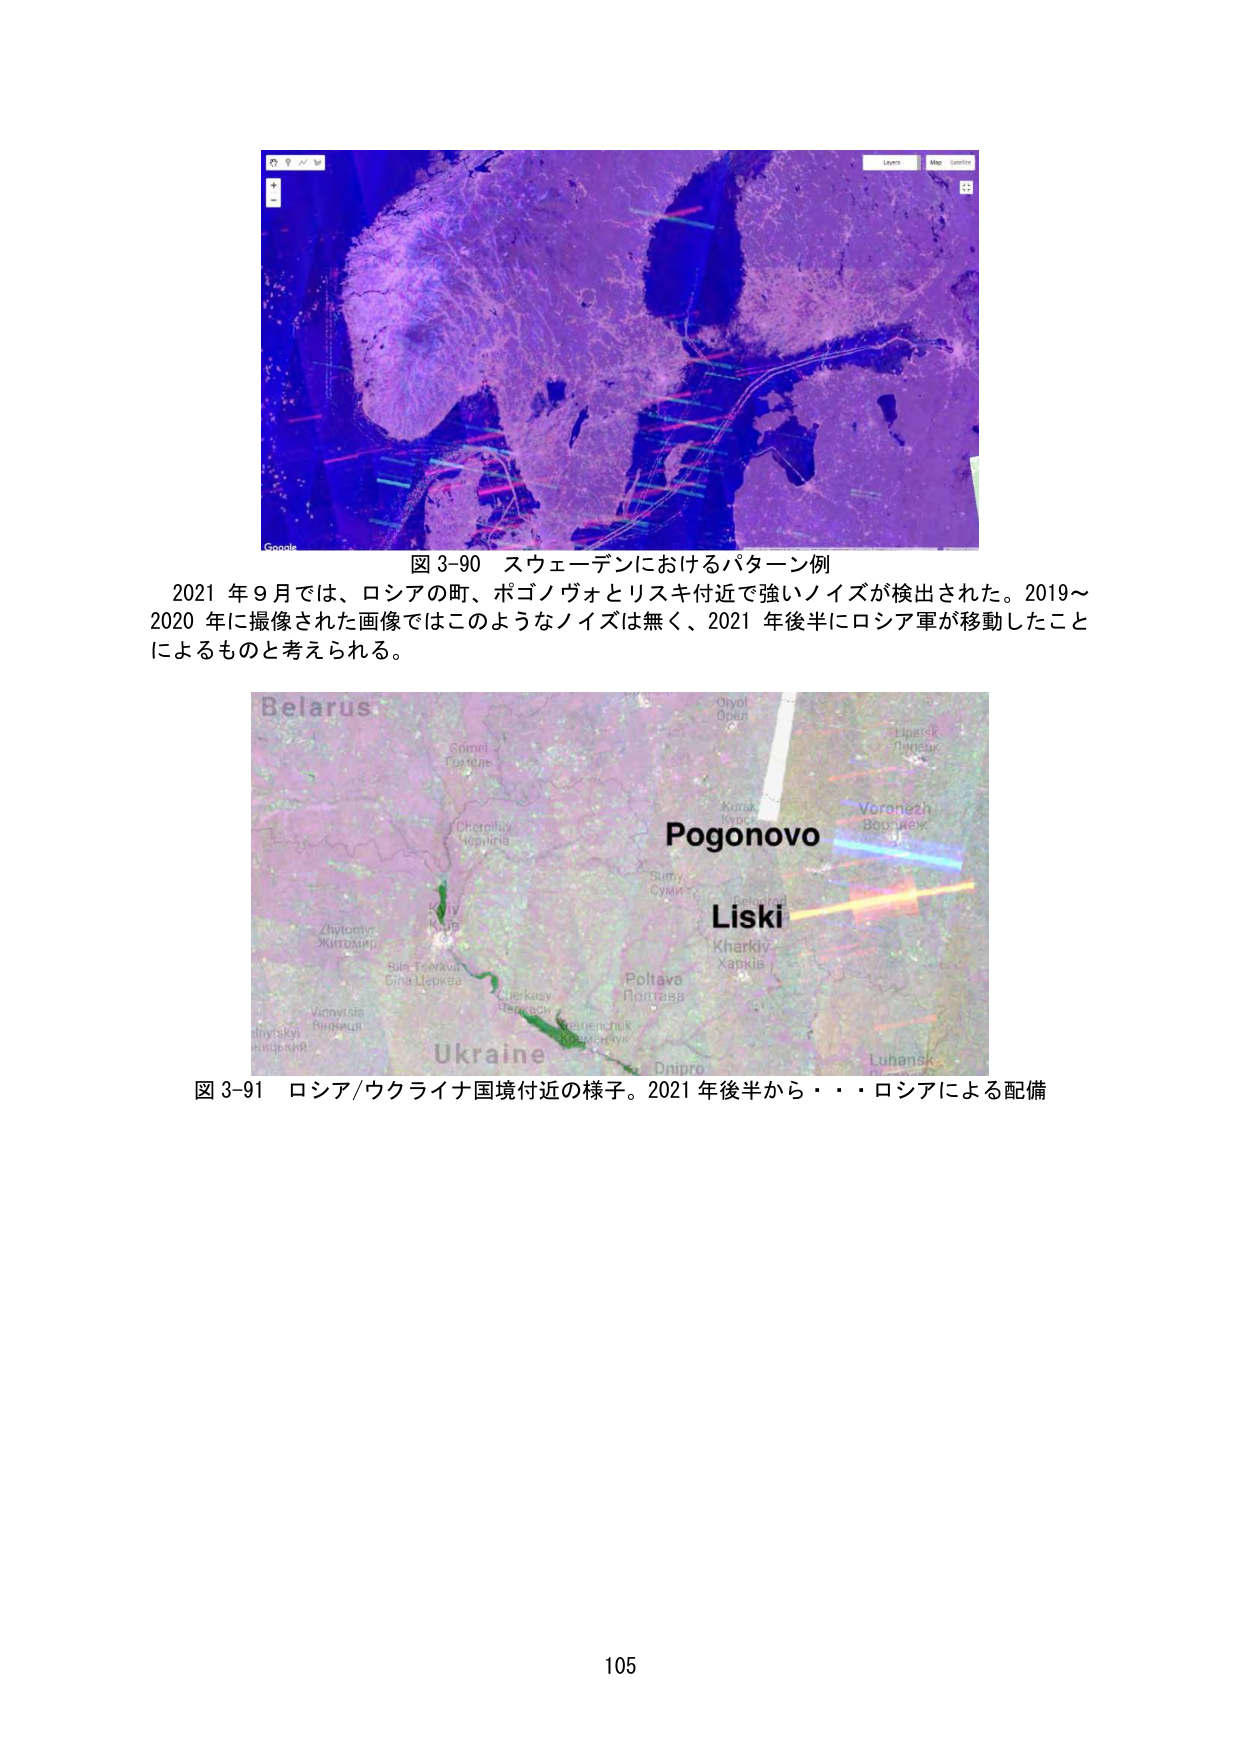
図 3-90 スウェーデンにおけるパターン例
2021 年 9 月では、ロシアの町、ポゴノヴォとリスキ付近で強いノイズが検出された。2019～2020 年に撮像された画像ではこのようなノイズは無く、2021 年後半にロシア軍が移動したことによるものと考えられる。

Belarus
Gomel
Гомель
Chernihiv
Чернігів
Kyiv
Київ
Zhytomyr
Житомир
Bila Tserkva
Біла Церква
Vinnytsia
Вінниця
Cherkasy
Черкаси
Kropyvnytskyi
Кропивницький
Ukraine
Pogonovo
Liski
Kharkiv
Харків
Poltava
Полтава
Dnipro
Дніпро
Luhansk
Луганськ
Oryol
Орел
Kursk
Курск
Voronezh
Воронеж
Lipetsk
Липецк
Sumy
Суми
Belgorod
Белгород

図 3-91 ロシア/ウクライナ国境付近の様子。2021 年後半から・・・ロシアによる配備

105